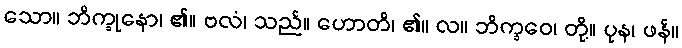
သော။ ဘိက္ခုနော၊ ၏။ ဗလံ၊ သည်။ ဟောတိ၊ ၏။ လ။ ဘိက္ခဝေ၊ တို့။ ပုန၊ ဖန်။